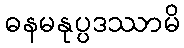
ဓနမနုပ္ပဒဿာမိ